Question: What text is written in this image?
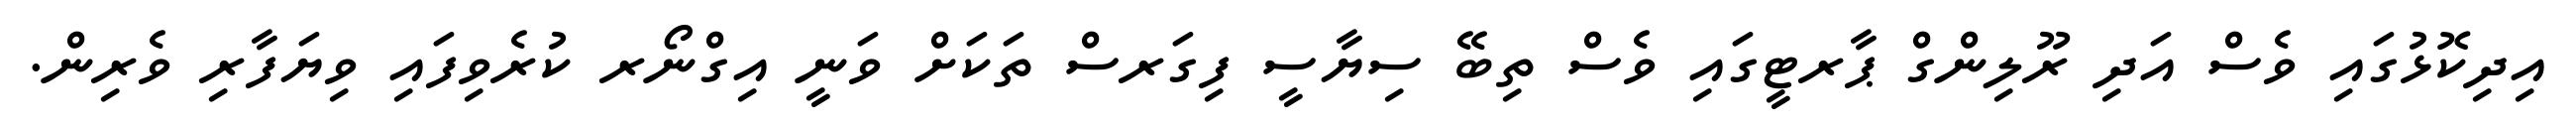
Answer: އިދިކޮޅުގައި ވެސް އަދި ރޫލިންގް ޕާރޓީގައި ވެސް ތިބޭ ސިޔާސީ ފިގަރސް ތަކަށް ވަނީ އިގްނޯރ ކުރެވިފައި ވިޔަފާރި ވެރިން.